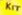

				KIT